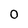
Character: 0